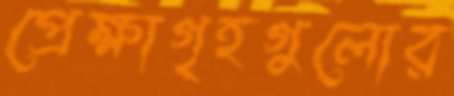
প্রেক্ষাগৃহগুলোর